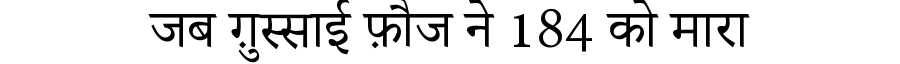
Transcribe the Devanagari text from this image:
जब ग़ुस्साई फ़ौज ने 184 को मारा